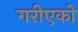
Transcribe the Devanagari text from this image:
गरीएको